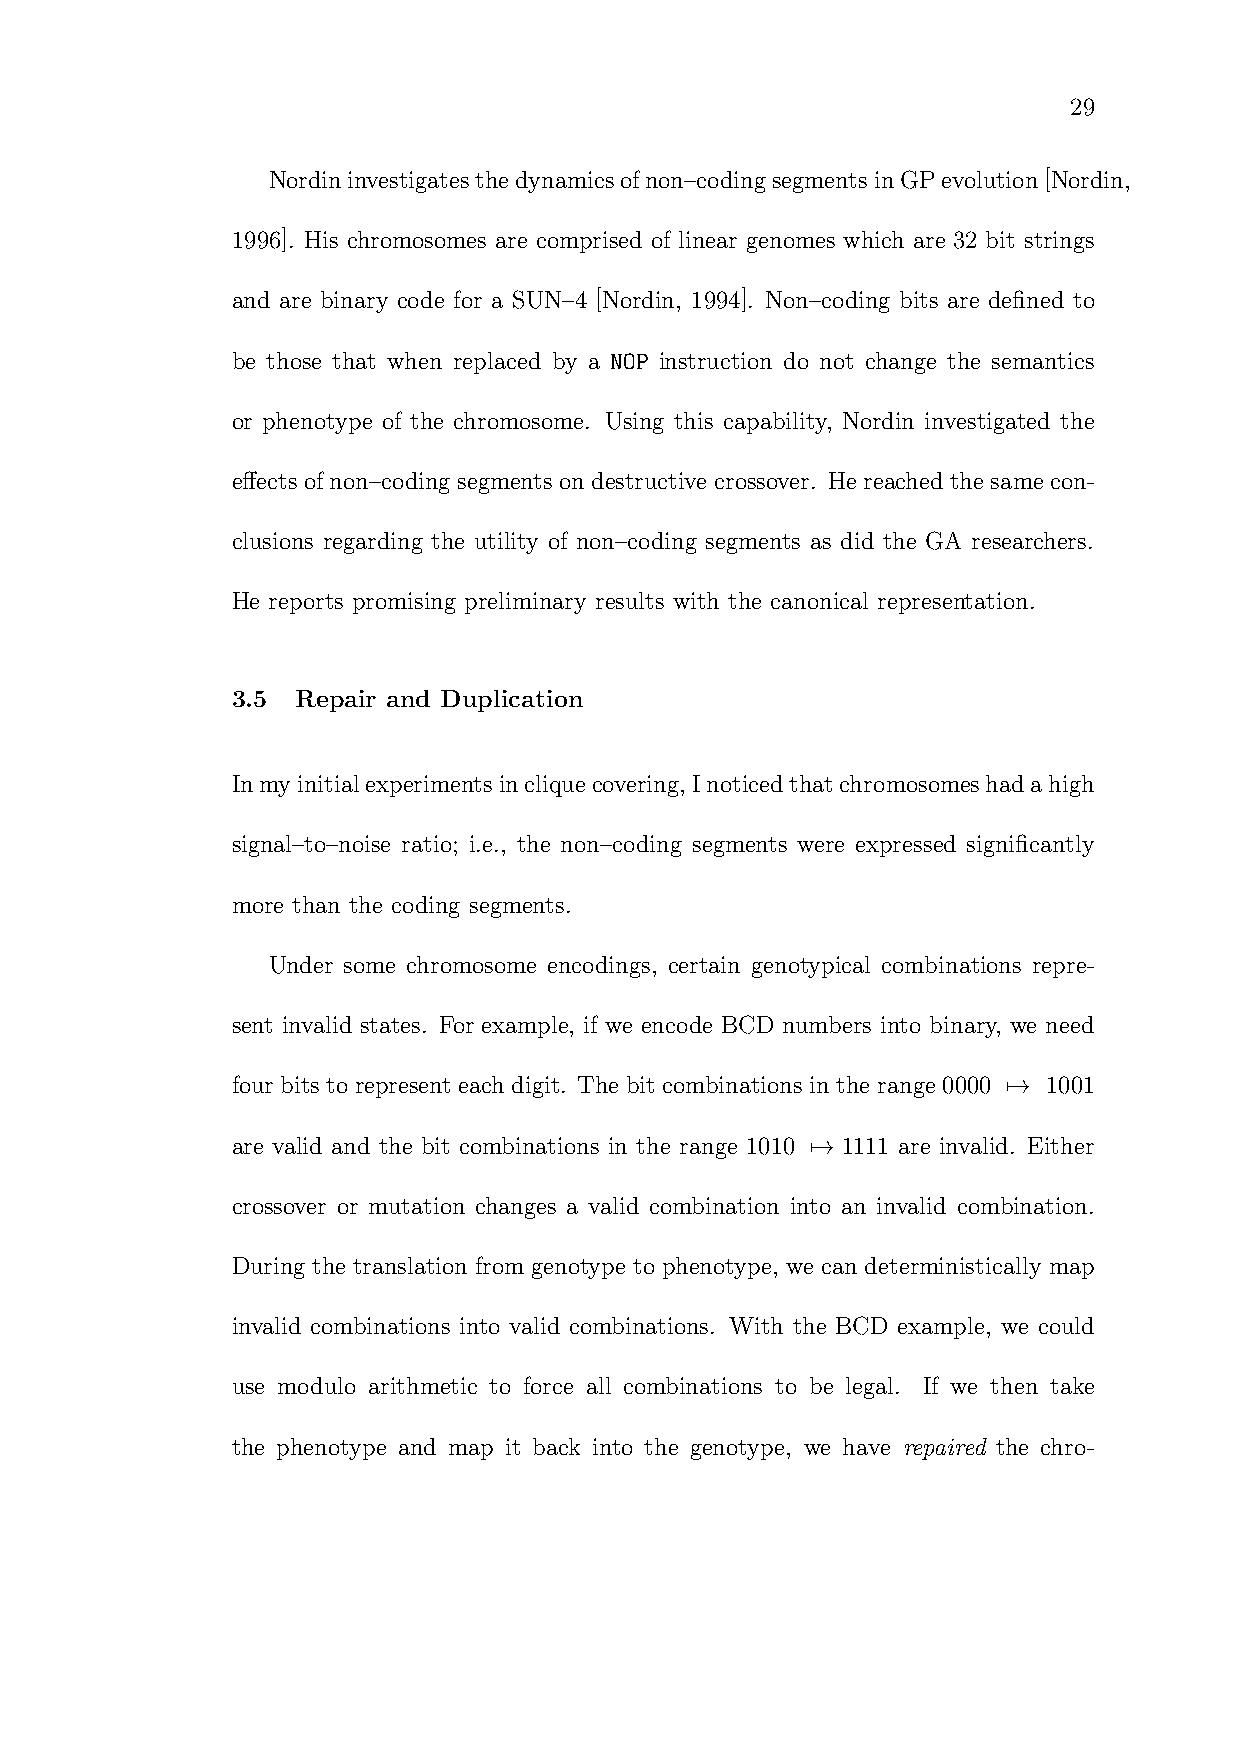
29
 Nordininvestigatesthedynamicsofnon–codingsegmentsinGPevolution[Nordin,
 1996]. His chromosomes are comprised of linear genomes which are 32 bit strings
 and are binary code for a SUN–4 [Nordin, 1994]. Non–coding bits are defined to
 be those that when replaced by a NOP instruction do not change the semantics
 or phenotype of the chromosome. Using this capability, Nordin investigated the
 effects of non–coding segments ondestructive crossover. He reached the same con-
 clusions regarding the utility of non–coding segments as did the GA researchers.
 He reports promising preliminary results with the canonical representation.
 3.5  Repair and Duplication
 Inmyinitialexperimentsincliquecovering, Inoticedthatchromosomeshadahigh
 signal–to–noise ratio; i.e., the non–coding segments were expressed significantly
 more than the coding segments.
 Under some chromosome encodings, certain genotypical combinations repre-
 sent invalid states. For example, if we encode BCD numbers into binary, we need
 four bits to represent each digit. The bit combinations in the range 0000 7→ 1001
 are valid and the bit combinations in the range 1010 7→ 1111 are invalid. Either
 crossover or mutation changes a valid combination into an invalid combination.
 During the translation from genotype to phenotype, we can deterministically map
 invalid combinations into valid combinations. With the BCD example, we could
 use modulo arithmetic to force all combinations to be legal. If we then take
 the phenotype and map it back into the genotype, we have repaired the chro-